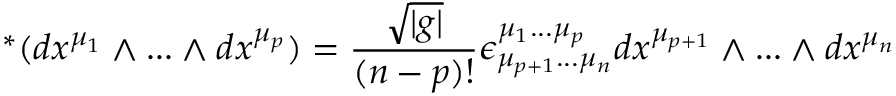
\ ^ { * } ( d x ^ { \mu _ { 1 } } \wedge . . . \wedge d x ^ { \mu _ { p } } ) = \frac { \sqrt { | g | } } { ( n - p ) ! } \epsilon _ { \mu _ { p + 1 } . . . \mu _ { n } } ^ { \mu _ { 1 } . . . \mu _ { p } } d x ^ { \mu _ { p + 1 } } \wedge . . . \wedge d x ^ { \mu _ { n } }